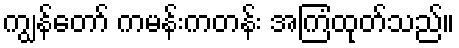
ကျွန်တော် ကမန်းကတန်း အကြံထုတ်သည်။